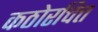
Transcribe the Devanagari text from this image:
कठोरचित्त